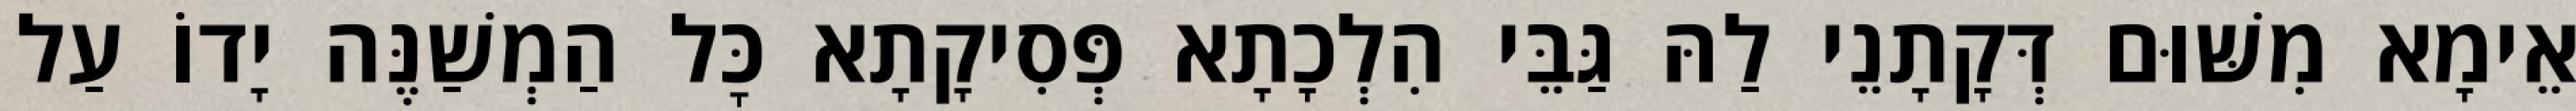
אֵימָא מִשּׁוּם דְּקָתָנֵי לַהּ גַּבֵּי הִלְכָתָא פְּסִיקָתָא כׇּל הַמְשַׁנֶּה יָדוֹ עַל